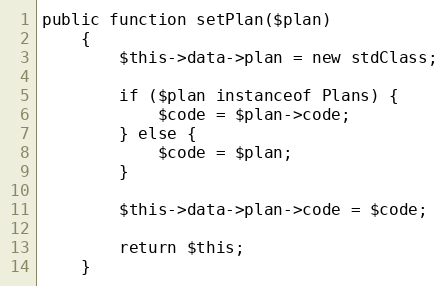
Language: PHP
public function setPlan($plan)
    {
        $this->data->plan = new stdClass;

        if ($plan instanceof Plans) {
            $code = $plan->code;
        } else {
            $code = $plan;
        }

        $this->data->plan->code = $code;

        return $this;
    }